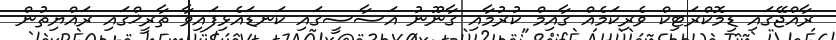
ރާއްޖޭގައި ޑިމޮކްރަޓިކް ވެރިކަމެއް ގާއިމް ކުރުމާއި ގާނޫނު އަސާސީގައި ކަނޑައެޅިފައިވާ ތާރީޚްގައި ރައްޔިތުން